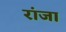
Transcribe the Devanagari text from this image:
रांजा